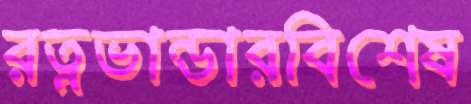
রত্নভান্ডারবিশেষ